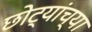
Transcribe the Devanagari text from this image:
छोट्यांच्या